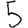
Digit: 5